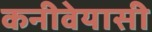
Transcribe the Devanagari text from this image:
कनीवेयासी